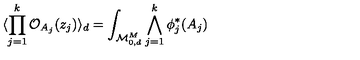
\langle \prod _ { j = 1 } ^ { k } { \cal O } _ { A _ { j } } ( z _ { j } ) \rangle _ { d } = \int _ { { \cal M } _ { 0 , d } ^ { M } } \bigwedge _ { j = 1 } ^ { k } \phi _ { j } ^ { * } ( A _ { j } )